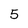
Character: 5